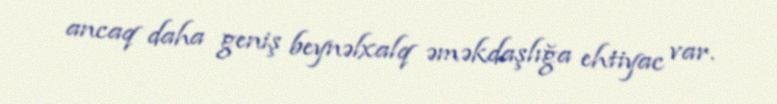
ancaq daha geniş beynəlxalq əməkdaşlığa ehtiyac var.